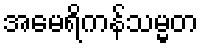
အမေရိကန်သမ္မတ